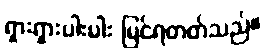
ရှားရှားပါးပါး မြင်ရတတ်သည်။